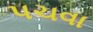
પચવા